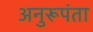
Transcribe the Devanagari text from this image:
अनुरूपंता